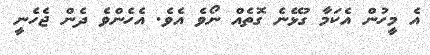
އެ މީހުން އެކަމާ ގުޅޭނެ ގޮތެއް ނޯވެ އެވެ. އެހެންވެ ދެން ޖެހެނީ